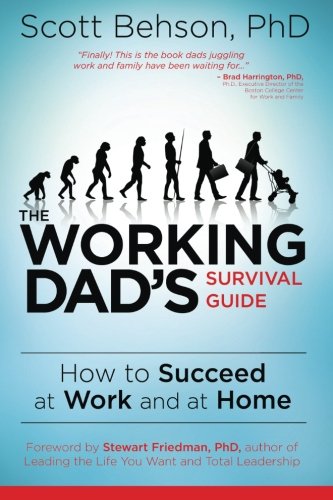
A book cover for The Working Dad's Survival Guide: How to Succeed at Work and at Home; Scott Behson; Business & Money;